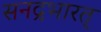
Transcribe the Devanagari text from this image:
सनद्रभारत्